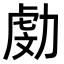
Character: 𠢍